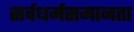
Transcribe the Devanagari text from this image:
सर्वधर्मसमानता